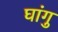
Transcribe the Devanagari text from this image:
घांगु